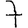
Digit: 7